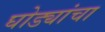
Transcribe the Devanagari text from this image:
घोड्यांचा